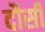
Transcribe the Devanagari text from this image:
दौसी